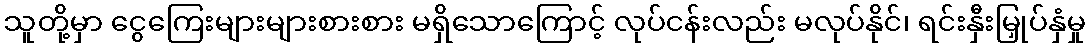
သူတို့မှာ ငွေကြေးများများစားစား မရှိသောကြောင့် လုပ်ငန်းလည်း မလုပ်နိုင်၊ ရင်းနှီးမြှုပ်နှံမှု